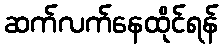
ဆက်လက်နေထိုင်ရန်